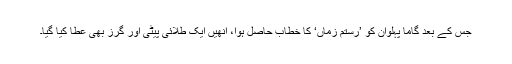
جس کے بعد گاما پہلوان کو ’رستم زماں‘ کا خطاب حاصل ہوا، انھیں ایک طلائی پیٹی اور گرز بھی عطا کیا گیا۔